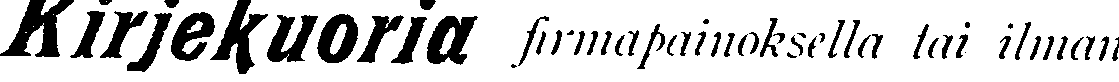
Kirjekuoria firmapainoksella tai ilman